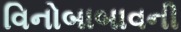
વિનોબાબાવની